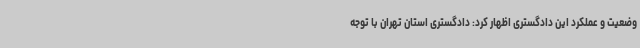
وضعیت و عملکرد این دادگستری اظهار کرد: دادگستری استان تهران با توجه